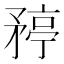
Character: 𬑯